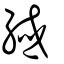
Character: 緎